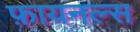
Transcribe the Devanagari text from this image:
फ़ायनल्स